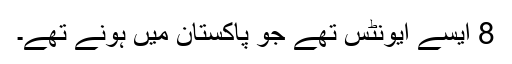
8 ایسے ایونٹس تھے جو پاکستان میں ہونے تھے۔